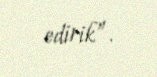
edirik”.